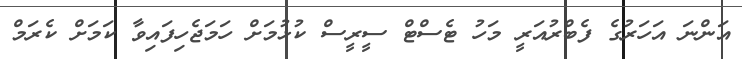
އަންނަ އަހަރުގެ ފެބްރުއަރީ މަހު ޓެސްޓް ސީރީސް ކުޅުމަށް ހަމަޖެހިފައިވާ ކަމަށް ކެރަމް